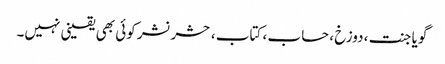
گویا جنت ، دوزخ ، حساب ، کتاب ، حشر نشر کوئی بھی یقینی نہیں۔